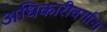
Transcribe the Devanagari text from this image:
अधिकारीवर्गांना